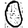
Digit: 0